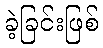
ခဲ့ခြင်းဖြစ်